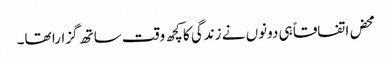
محض اتفاقاً ہی دونوں نے زندگی کا کچھ وقت ساتھ گزارا تھا۔